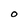
Character: O